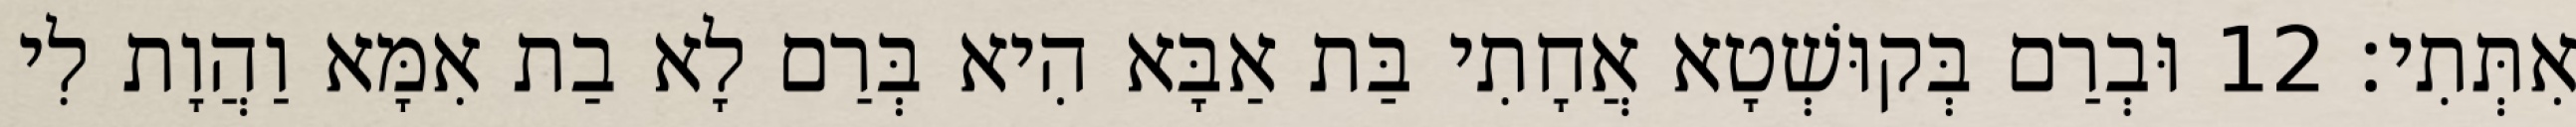
אִתְּתִי׃ 12 וּבְרַם בְּקוּשְׁטָא אֲחָתִי בַּת אַבָּא הִיא בְּרַם לָא בַת אִמָּא וַהֲוָת לִי